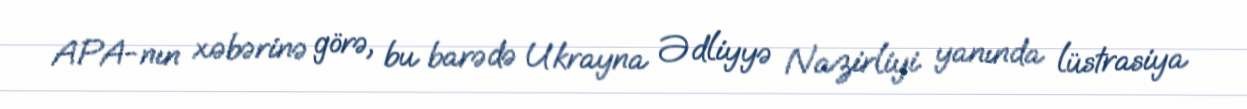
APA-nın xəbərinə görə, bu barədə Ukrayna Ədliyyə Nazirliyi yanında lüstrasiya